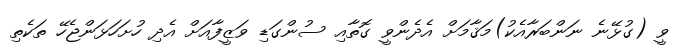
ވީ (ގުޅޭނެ ނަންބަރާއެކު)މަޤާމަށް އެދެންވީ ގޮތާއި ސުންގަޑި ވަޒީފާއަށް އެދި ހުށަހަޅަންޖެހޭ ތަކެތި